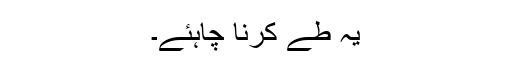
یہ طے کرنا چاہئے۔